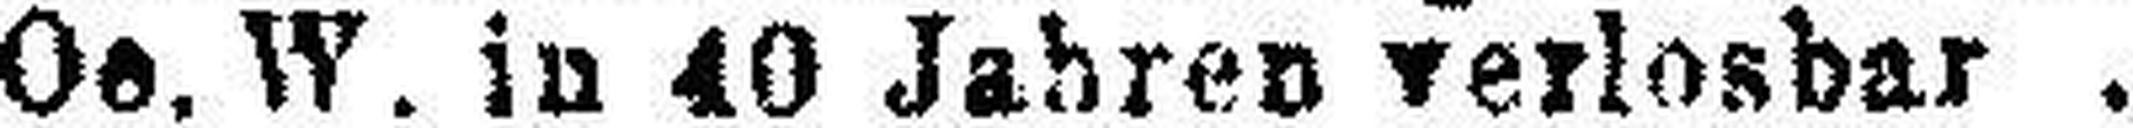
Oe. W. in 40 Jahren verlosbar .